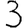
Digit: 3